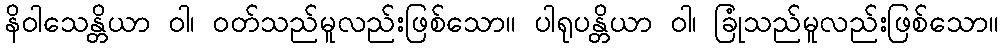
နိဝါသေန္တိယာ ဝါ၊ ဝတ်သည်မူလည်းဖြစ်သော။ ပါရုပန္တိယာ ဝါ၊ ခြုံသည်မူလည်းဖြစ်သော။